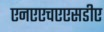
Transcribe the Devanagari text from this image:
एनएएचएएसडीए